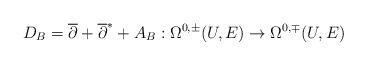
\begin{align*} D_B=\overline\partial+\overline{\partial}^*+A_B:\Omega^{0,\pm}(U,E)\rightarrow\Omega^{0,\mp}(U,E)\end{align*}